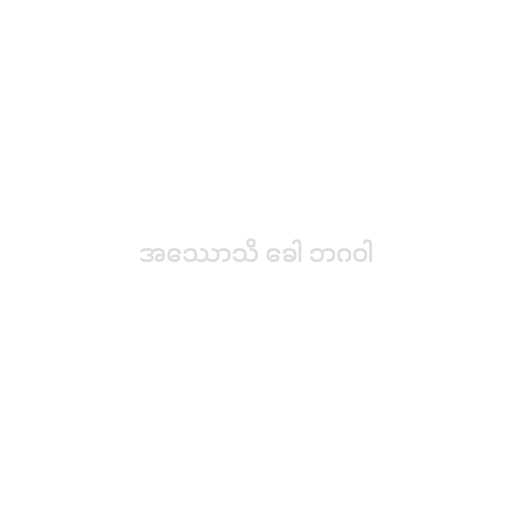
အဿောသိ ခေါ ဘဂဝါ